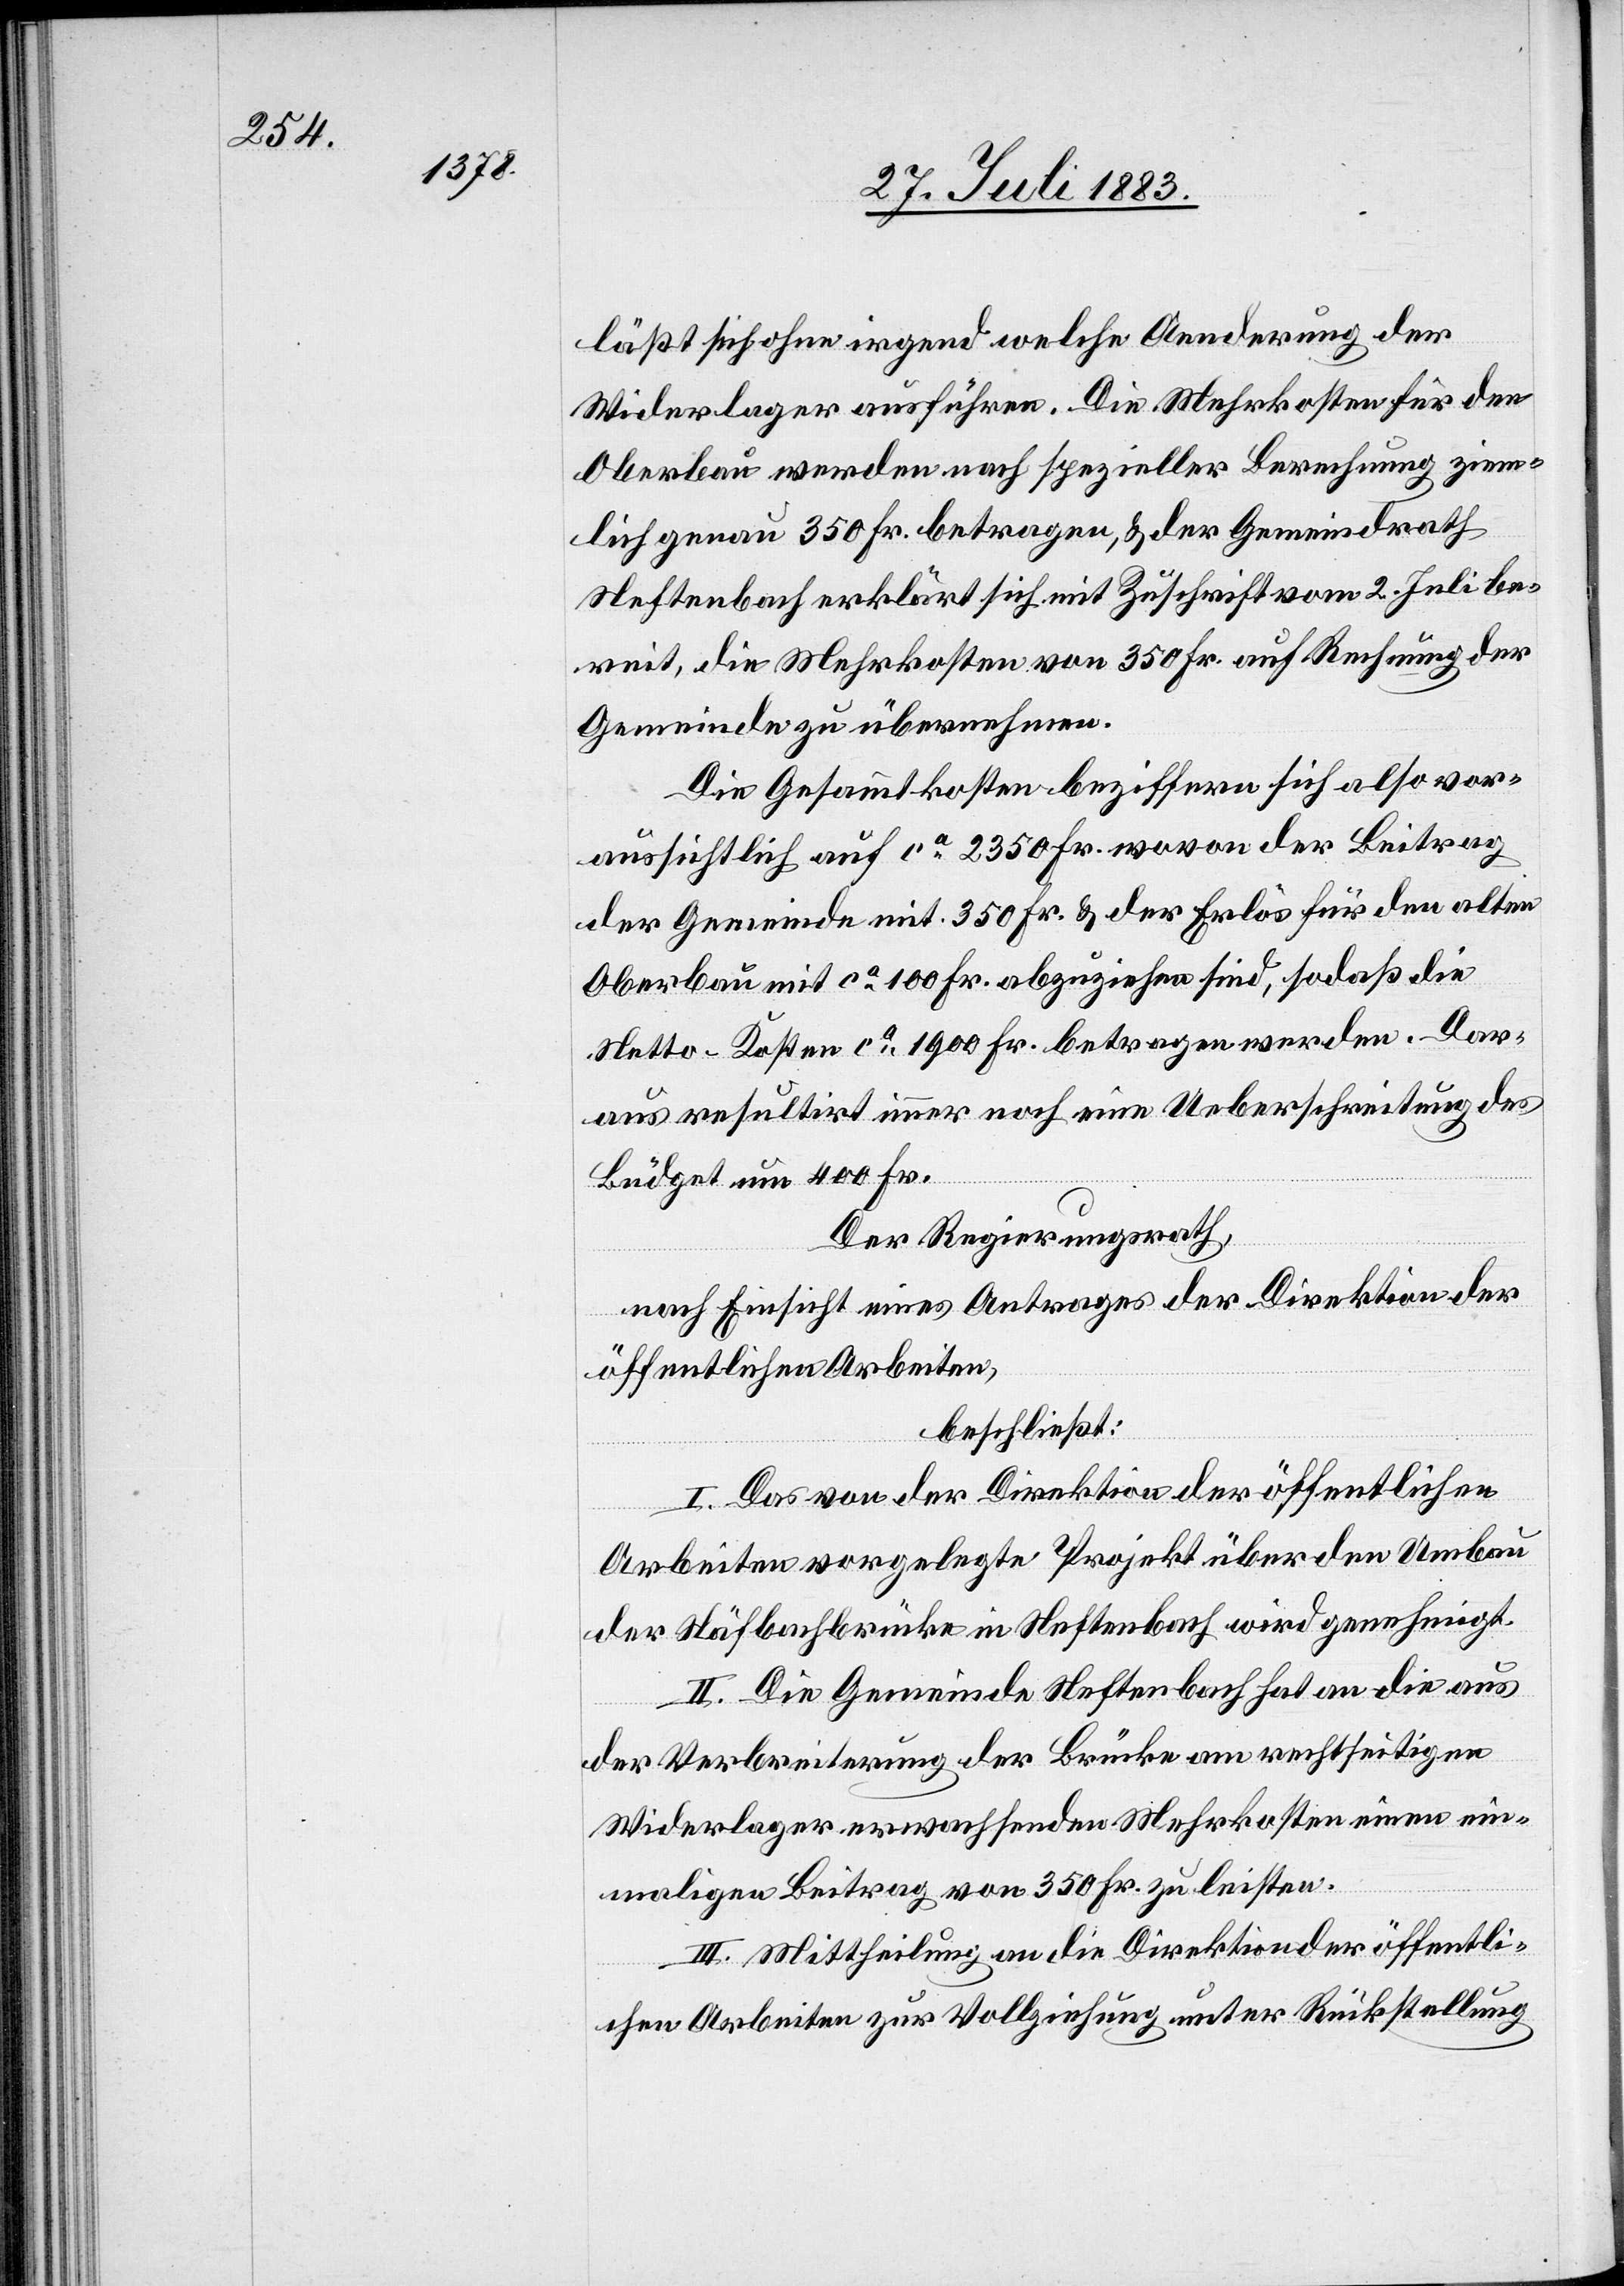
läßt sich ohne irgend welche Aenderung der
Widerlager ausführen. Die Mehrkosten für den
Oberbau werden nach spezieller Berechnung ziem¬
lich genau 350 Fr. betragen, & der Gemeindrath
Neftenbach erklärt sich mit Zuschrift vom 2. Juli be¬
reit, die Mehrkosten von 350 Fr. auf Rechnung der
Gemeinde zu übernehmen.
Die Gesammtkosten beziffern sich also vor¬
aussichtlich auf ca 2350 Fr. wovon der Beitrag
der Gemeinde mit 350 Fr. & der Erlös für den alten
Oberbau mit ca 100 Fr. abzuziehen sind, sodaß die
Netto-Kosten ca 1900 Fr. betragen werden. Dar¬
aus resultirt immer noch eine Ueberschreitung des
Büdget um 400 Fr.
Der Regierungsrath,
nach Einsicht eines Antrages der Direktion der
öffentlichen Arbeiten,
beschließt:
I. Das von der Direktion der öffentlichen
Arbeiten vorgelegte Projekt über den Umbau
der Näfbachbrücke in Neftenbach wird genehmigt.
II. Die Gemeinde Neftenbach hat an die aus
der Verbreiterung der Brücke am rechtseitigen
Widerlager erwachsenden Mehrkosten einen ein¬
maligen Beitrag von 350 Fr. zu leisten.
III. Mittheilung an die Direktion der öffentli¬
chen Arbeiten zur Vollziehung unter Rückstellung